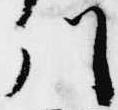
川